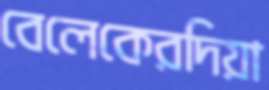
বেলেকেরদিয়া